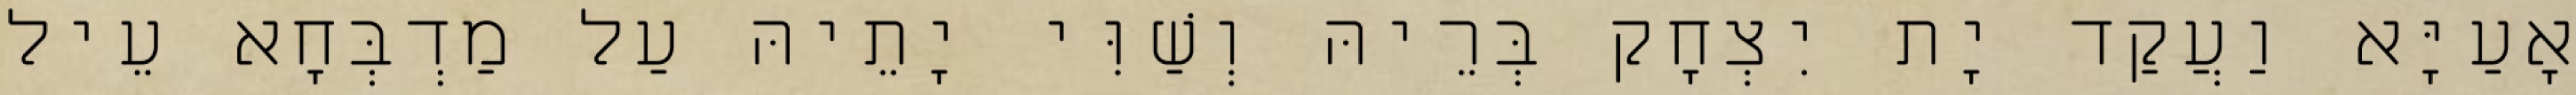
אָעַיָּא וַעֲקַד יָת יִצְחָק בְּרֵיהּ וְשַׁוִּי יָתֵיהּ עַל מַדְבְּחָא עֵיל